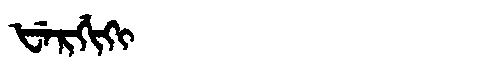
Manchu: ᡶᡝᡵᡤᡳᡴᡳ
Romanization: FERGIKI